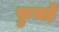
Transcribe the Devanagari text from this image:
फुचड़े